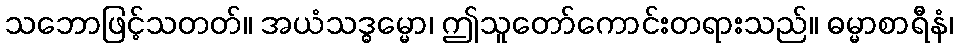
သဘောဖြင့်သတတ်။ အယံသဒ္ဓမ္မော၊ ဤသူတော်ကောင်းတရားသည်။ ဓမ္မာစာရီနံ၊